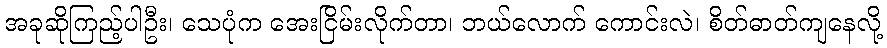
အခုဆိုကြည့်ပါဦး၊ သေပုံက အေးငြိမ်းလိုက်တာ၊ ဘယ်လောက် ကောင်းလဲ၊ စိတ်ဓာတ်ကျနေလို့